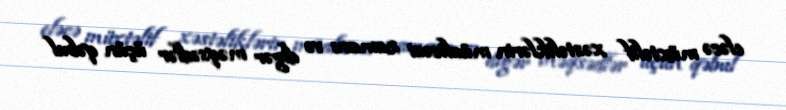
eləcə müxtəlif xəstəliklərin müalicəsi zamanı və digər məqsədlər üçün qəbul